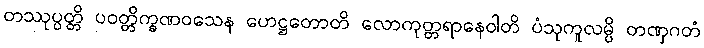
တဿုပ္ပတ္တိ ပဝတ္တိက္ခဏဝသေန ဟေဋ္ဌတောတိ လောကုတ္တရာနေဝါတိ ပံသုကူလမ္ပိ တဏှဂတံ